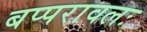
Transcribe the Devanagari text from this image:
बप्परावलः